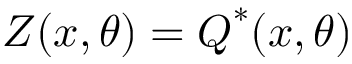
\boldsymbol { Z } ( \boldsymbol { x } , \theta ) = \boldsymbol { Q } ^ { * } ( \boldsymbol { x } , \theta )